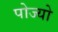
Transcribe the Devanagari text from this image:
पोज्यो